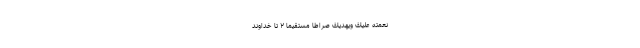
نِعْمَتَهُ عَلَيْكَ وَيَهْدِيَكَ صِرَاطًا مُسْتَقِيمًا ۲ تا خداوند